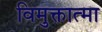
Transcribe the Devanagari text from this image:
विमुक्तात्मा